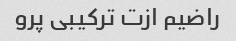
راضیم ازت ترکیبی پرو